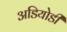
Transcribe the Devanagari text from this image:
अडियोडी